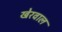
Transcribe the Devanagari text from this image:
खेरवाल